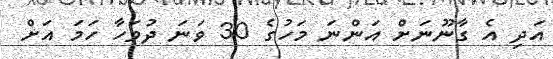
އަދި އެ ގާނޫނަށް އަންނަ މަހުގެ 30 ވަނަ ދުވަހާ ހަމަ އަށް